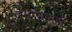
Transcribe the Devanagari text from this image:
प्रमाणातही